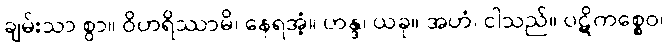
ချမ်းသာ စွာ။ ဝိဟရိဿာမိ၊ နေရအံ့။ ဟန္ဒ၊ ယခု။ အဟံ၊ ငါသည်။ ပဋိကစ္စေဝ၊